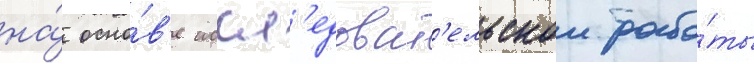
на́ осно́в'е иссл'едоват'ельскои рабо́ты